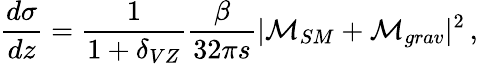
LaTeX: {\frac{d\sigma}{dz}}={\frac{1}{1+\delta_{VZ}}}{\frac{\beta}{32\pi s}}|{\cal M}_{SM}+{\cal M}_{grav}|^{2}\, ,